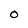
Character: O